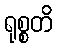
ရုစ္စတိ